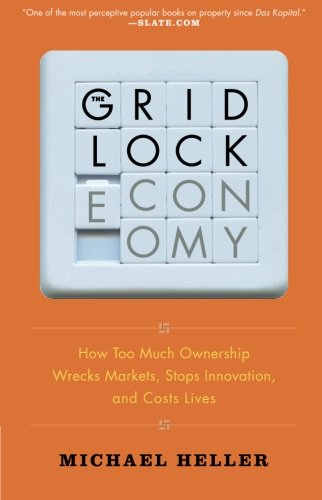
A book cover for The Gridlock Economy: How Too Much Ownership Wrecks Markets, Stops Innovation, and Costs Lives; Michael Heller; Business & Money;